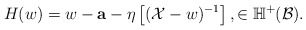
\begin{align*}H(w)=w-{\bf a}-\eta\left[(\mathcal X-w)^{-1}\right],\in\mathbb H^+(\mathcal B).\end{align*}